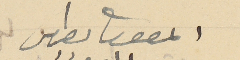
المطران ىطرس